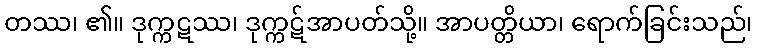
တဿ၊ ၏။ ဒုက္ကဋဿ၊ ဒုက္ကဋ်အာပတ်သို့။ အာပတ္တိယာ၊ ရောက်ခြင်းသည်၊